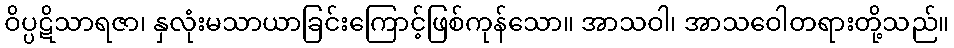
ဝိပ္ပဋိသာရဇာ၊ နှလုံးမသာယာခြင်းကြောင့်ဖြစ်ကုန်သော။ အာသဝါ၊ အာသဝေါတရားတို့သည်။